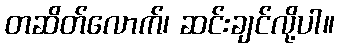
တဆိတ်လောက်၊ ဆင်းချင်လို့ပါ။